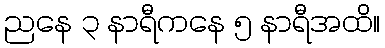
ညနေ ၃ နာရီကနေ ၅ နာရီအထိ။